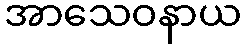
အာသေဝနာယ